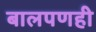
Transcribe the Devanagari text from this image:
बालपणही